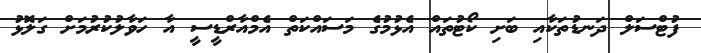
ފުޓްސަލް ދަނޑުތަކާއި ބަށި ކޯޓުތައް އެޅުމުގެ މަސައްކަތް އެމްއާރްޑީސީ އާ ހަވާލުކުރުމަށް ގަލޮޅު